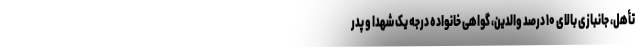
تأهل، جانبازی بالای ۱۰ درصد والدین، گواهی خانواده درجه یک شهدا و پدر